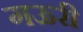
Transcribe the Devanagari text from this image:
गऊरी